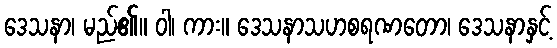
ဒေသနာ၊ မည်၏။ ဝါ၊ ကား။ ဒေသနာသဟစရဏတော၊ ဒေသနာနှင့်